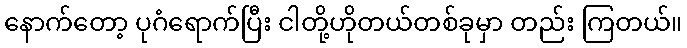
နောက်တော့ ပုဂံရောက်ပြီး ငါတို့ဟိုတယ်တစ်ခုမှာ တည်း ကြတယ်။